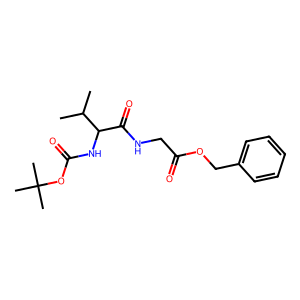
SMILES: CC(C)C(NC(=O)OC(C)(C)C)C(=O)NCC(=O)OCc1ccccc1
Inhibits HIV replication: No